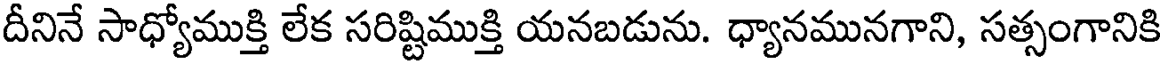
దీనినే సాధ్యోముక్తి లేక సరిష్టిముక్తి యనబడును. ధ్యానమునగాని, సత్సంగానికి